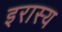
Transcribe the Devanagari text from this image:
इरास्य